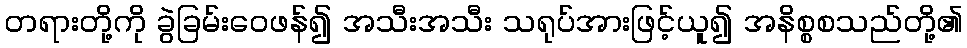
တရားတို့ကို ခွဲခြမ်းဝေဖန်၍ အသီးအသီး သရုပ်အားဖြင့်ယူ၍ အနိစ္စစသည်တို့၏